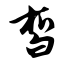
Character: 皙